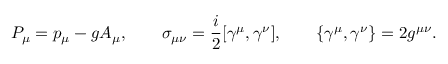
P _ { \mu } = p _ { \mu } - g A _ { \mu } , \qquad \sigma _ { \mu \nu } = { \frac { i } { 2 } } [ \gamma ^ { \mu } , \gamma ^ { \nu } ] , \qquad \{ \gamma ^ { \mu } , \gamma ^ { \nu } \} = 2 g ^ { \mu \nu } .